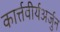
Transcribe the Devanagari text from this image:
कार्त्तवीर्यअर्जुन